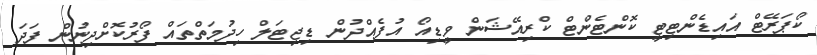
ކޯޕަރޭޓް އައިޑެންޓިޓީ ކޮންޓެންޓް ކްރިއޭޝަން ވީޑިއޯ އުފެއްދުން ޑިޖިޓަލް ހިދުމަތްތައް ފޯރުކޮށްދިނުން ފަދަ